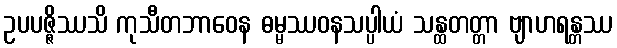
ဥပပဇ္ဇိဿသိ ကုသီတဘာဝေန ဓမ္မဿဝနသပ္ပါယံ သန္ထတတ္တာ ဗျာဟရန္တဿ